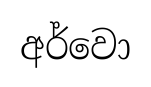
අර්වො